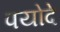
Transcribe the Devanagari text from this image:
पयोदे